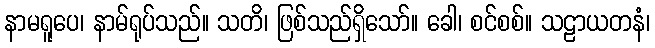
နာမရူပေ၊ နာမ်ရုပ်သည်။ သတိ၊ ဖြစ်သည်ရှိသော်။ ခေါ၊ စင်စစ်။ သဠာယတနံ၊